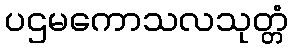
ပဌမကောသလသုတ္တံ